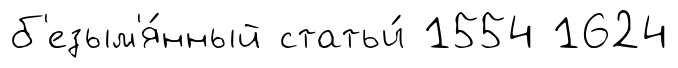
б'езым'я́нный статьи́ 1554 1624